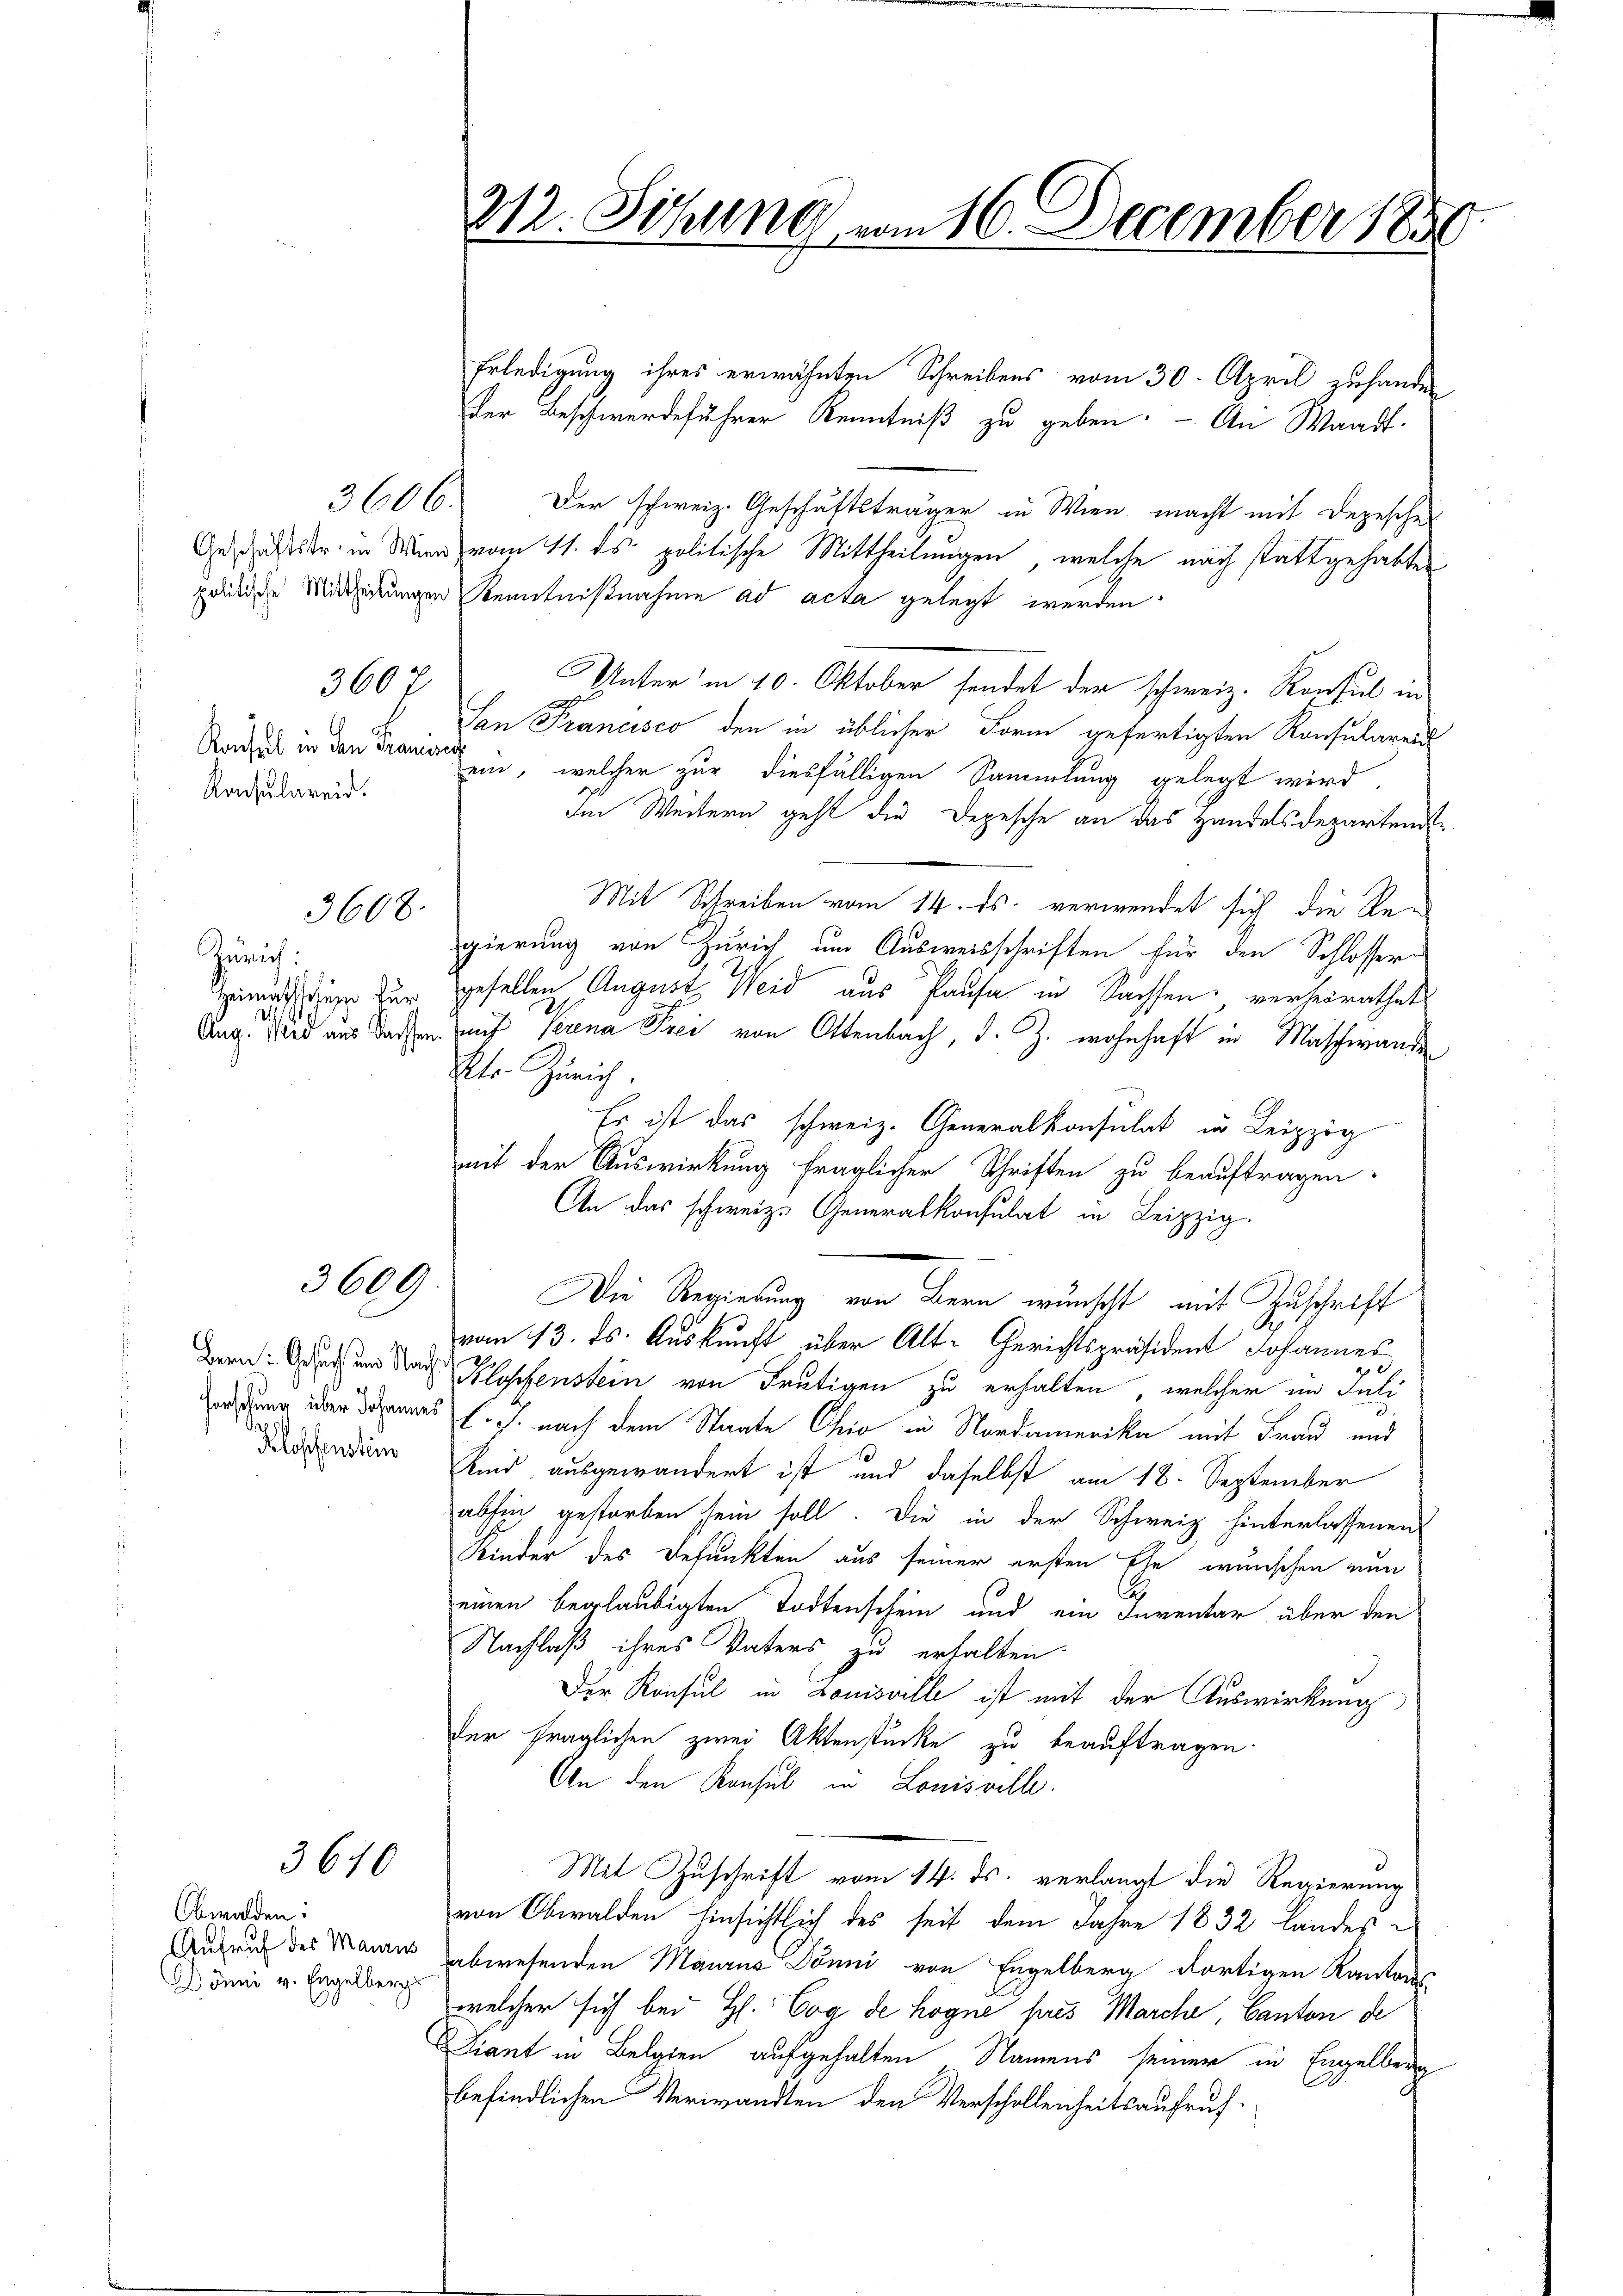
3606.

3608.

Zürich:
Heimatstitum für

3609.

Klostenstim

3640

Obwalden:
Aufruf des Manus
Dönni v. Engelberg

3607
Konsul in den Transes
Konsulareid.

Erledigung ihres erwähnten Schreibens vom 30. April zuhander
der Beschwerdeführer Kenntniß zu geben. - An Waadt
Der schweiz. Geschäftsträger in Wien macht mit Depesches
Geschäftstr. in Wien vom 11. ds. politische Mittheilungen, welche nach stattgehabten
politische Mittheilungen Kenntnißnahme ad acta gelegt werden.
Unter in 10. Oktober sendet der schweiz. Konsul in
San Francisco den in üblicher Form gefertigten Konsularend
ein, welcher zur diesfälligen Sammlung gelegt wird,
Im Weitern geht die Depesche an das Handelsdepartende
Mit Schreiben vom 14. ds. verwendet sich die Regierung von Zürich um Ausweisschriften für den Schlosser
gesellen August Weid aus Pausa in Sachsen, verheirathet
Aug. Wird aus dassen auf Serena Frei von Ottenbach, d. Z. wohnhaft in Maschwanden
ktr. Zürich.
Es ist das schweiz. Generalkonsulat in Leipzig
mit der Auswirkung fraglicher Schriften zu beauftragen.
An das schweiz. Generalkonsulat in Leipzig.
Die Regierung von Bern wünscht, mit Zuschrift
vom 13. ds. Auskunft über Alt-Gerichtspräsident Johannes
x
Bern: Auch um Nach Hopfenstein von Frutigen zu erhalten, welcher im Juli
ordung über damnat l. J. nach dem Staate Chio in Nordamerika mit Frau und
Kind ausgewandert ist und daselbst am 18. September
absich gestorben sein soll. Die in der Schweiz hinterlassenen
Kinder des Befunkten aus seiner ersten Ehe wünschen nun
C
einen beglaubigten Todtenschein und ein Inventar über den
Nachlaß ihres Vaters zu erhalten.
Der Konsul in Louisville ist mit der Auswirkung
der fraglichen zwei Aktenstücke zu beauftragen.
An den Konsul in Louisville.
Mit Zuschrift vom 14. ds. verlangt die Regierung
von Obwalden hinsichtlich des seit dem Jahre 1832 Landes-
abwesenden Maurus Dönni von Engelberg dortigen Kantons
welcher sich bei H. Cog de hogne pres Marche, Canton de
Ziant in Belgien aufgehalten Namens seiner in Engelberg
befindlichen Verwandten den Verschollenheitsaufruf¬

212. Sitzung vom 16. December 1859